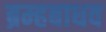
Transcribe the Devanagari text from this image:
ब्रम्हबाधव